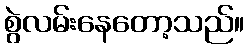
စွဲလမ်းနေတော့သည်။